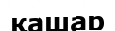
қашар